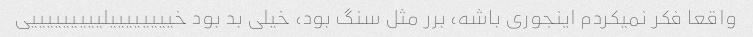
واقعا فکر نمیکردم اینجوری باشه، برر مثل سنگ بود، خیلی بد بود خییییییییلیییییییییی